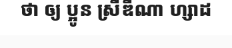
ថា ឲ្យ ប្អូន ស្រីឌីណា ហ្សាដ